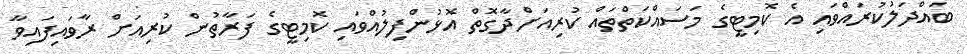
ބައްދަލުކުރައްވައި އެ ކޮމިޓީގެ މަސައްކަތްތައް ކުރިއަށްދާގޮތް އޮޅުންފިލުއްވައި ކޮމިޓީގެ ފަރާތުން ކުރިއަށް ރާވައިފައިވާ